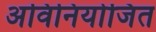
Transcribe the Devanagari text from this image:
अविनियोजित